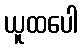
ယူထပေါ